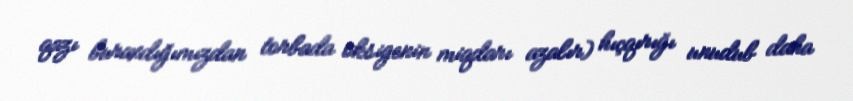
qazı buraxdığımızdan torbada oksigenin miqdarı azalır) hıçqırığı unudub daha